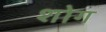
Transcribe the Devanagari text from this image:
शोग